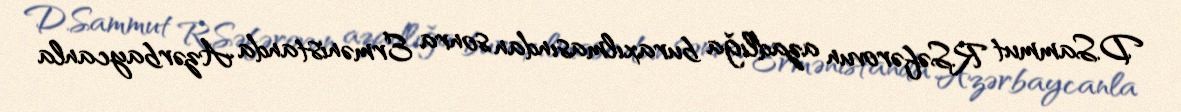
D.Sammut R.Səfərovun azadlığa buraxılmasından sonra Ermənistanda Azərbaycanla